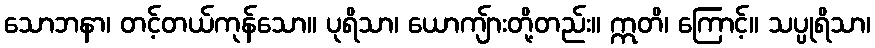
သောဘနာ၊ တင့်တယ်ကုန်သော။ ပုရိသာ၊ ယောကျ်ားတို့တည်း။ ဣတိ၊ ကြောင့်။ သပ္ပုရိသာ၊